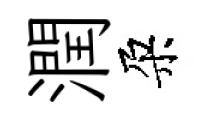
潤朶